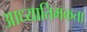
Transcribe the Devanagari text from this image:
आध्यातिमकता